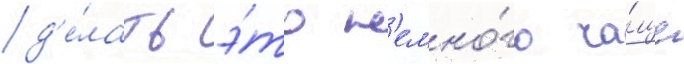
д'е́лать э́то н'емно́го ча́ще